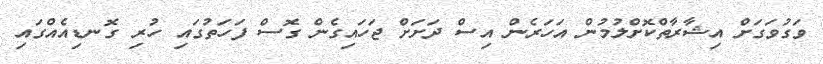
ވަގުވަގަށް އިޝާރާތްކޮށްލުމުން އަހަރެން އިސް ދަށަށް ޖަހައިގެން ގޮސް ފަހަތުގައި ހުރި ގޮނޑިއެއްގައި